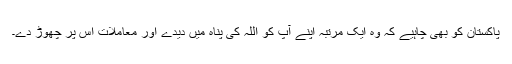
پاکستان کو بھی چاہیے کہ وہ ایک مرتبہ اپنے آپ کو اللہ کی پناہ میں دیدے اور معاملات اس پر چھوڑ دے۔